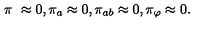
\pi _ { \ } \approx 0 , \pi _ { a } \approx 0 , \pi _ { a b } \approx 0 , \pi _ { \varphi } \approx 0 .